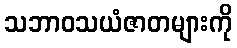
သဘာဝသယံဇာတများကို